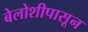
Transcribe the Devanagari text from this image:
बेलोशीपासून